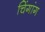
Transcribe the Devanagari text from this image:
चिंगांग